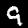
Digit: 9